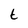
Character: t